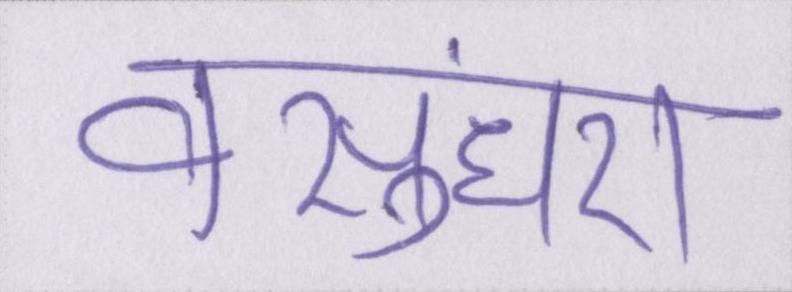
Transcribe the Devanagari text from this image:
वसुंधरा